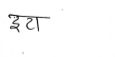
मजकूर: इटा